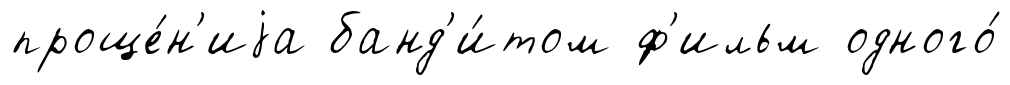
проще́н'иjа банд'и́том ф'ильм одного́